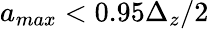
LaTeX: a_{max}<0.95\Delta_{z}/2